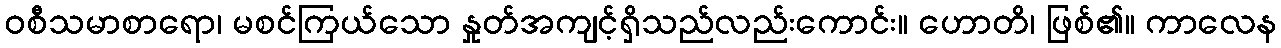
ဝစီသမာစာရော၊ မစင်ကြယ်သော နှုတ်အကျင့်ရှိသည်လည်းကောင်း။ ဟောတိ၊ ဖြစ်၏။ ကာလေန